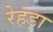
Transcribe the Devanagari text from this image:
रेहड़ा